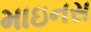
માઇનસ